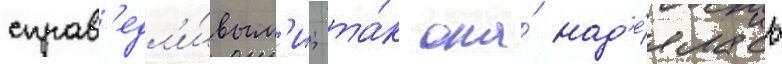
справ'едл'и́вым'и; та́к она́ над'е́ялась